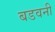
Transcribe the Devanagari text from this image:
बडवनी